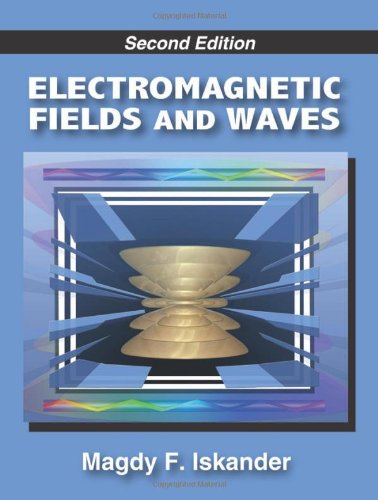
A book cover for Electromagnetic Fields and Waves; Magdy F. Iskander; Science & Math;